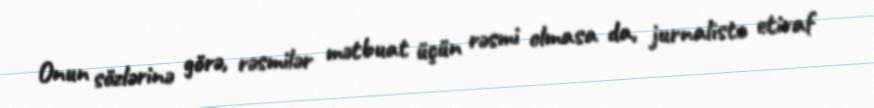
Onun sözlərinə görə, rəsmilər mətbuat üçün rəsmi olmasa da, jurnalistə etiraf